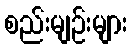
စည်းမျဉ်းများ